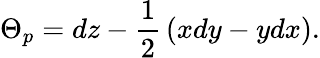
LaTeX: \Theta_{p}=dz-{\frac{1}{2}}\left(xdy-ydx\right).